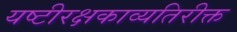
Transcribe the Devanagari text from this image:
यष्टीरक्षकाव्यतिरीक्त